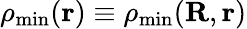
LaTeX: \rho_{\mathrm{min}}({\mathbf r})\equiv\rho_{\mathrm{min}}({\mathbf R},{\mathbf r})